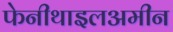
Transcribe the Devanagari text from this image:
फेनीथाइलअमीन